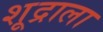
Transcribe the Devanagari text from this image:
शूद्राला